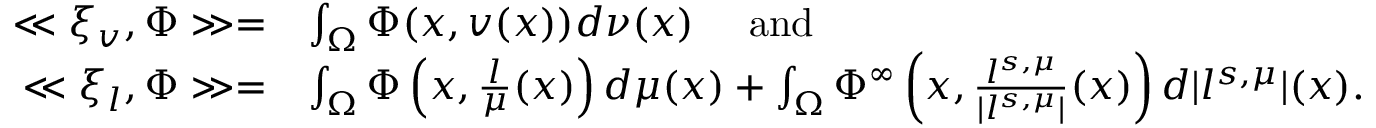
\begin{array} { r l } { \ll \xi _ { v } , \Phi \gg = } & { \int _ { \Omega } \Phi ( x , v ( x ) ) d \nu ( x ) \quad \mathrm { ~ a n d ~ } } \\ { \ll \xi _ { l } , \Phi \gg = } & { \int _ { \Omega } \Phi \left( x , \frac { l } { \mu } ( x ) \right) d \mu ( x ) + \int _ { \Omega } \Phi ^ { \infty } \left( x , \frac { l ^ { s , \mu } } { | l ^ { s , \mu } | } ( x ) \right) d | l ^ { s , \mu } | ( x ) . } \end{array}